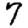
Digit: 7